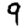
Digit: 9